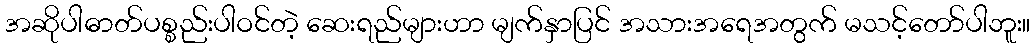
အဆိုပါဓာတ်ပစ္စည်းပါဝင်တဲ့ ဆေးရည်များဟာ မျက်နှာပြင် အသားအရေအတွက် မသင့်တော်ပါဘူး။